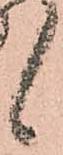
候